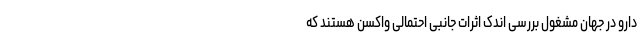
دارو در جهان مشغول بررسی اندک اثرات جانبی احتمالی واکسن هستند که